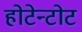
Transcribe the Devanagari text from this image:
होटेन्टोट